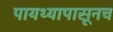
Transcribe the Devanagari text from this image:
पायथ्यापासूनच